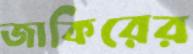
জাকিরের